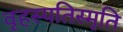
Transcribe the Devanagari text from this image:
वृहस्पतिस्मृति